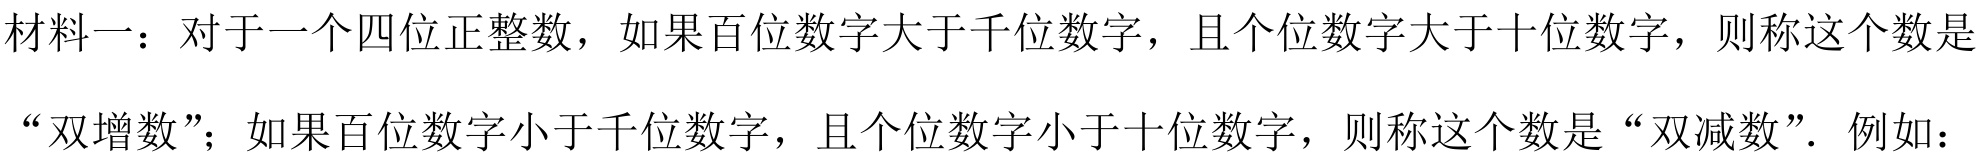
材料一：对于一个四位正整数，如果百位数字大于千位数字，且个位数字大于十位数字，则称这个数是“双增数”；如果百位数字小于千位数字，且个位数字小于十位数字，则称这个数是“双减数”. 例如：